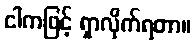
ငါကဖြင့် ရှာလိုက်ရတာ။